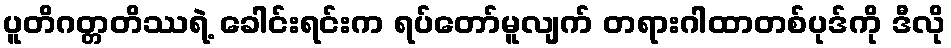
ပူတိဂတ္တတိဿရဲ့ ခေါင်းရင်းက ရပ်တော်မူလျက် တရားဂါထာတစ်ပုဒ်ကို ဒီလို